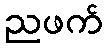
ညဖက်